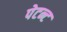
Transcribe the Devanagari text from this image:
पेटन्ट